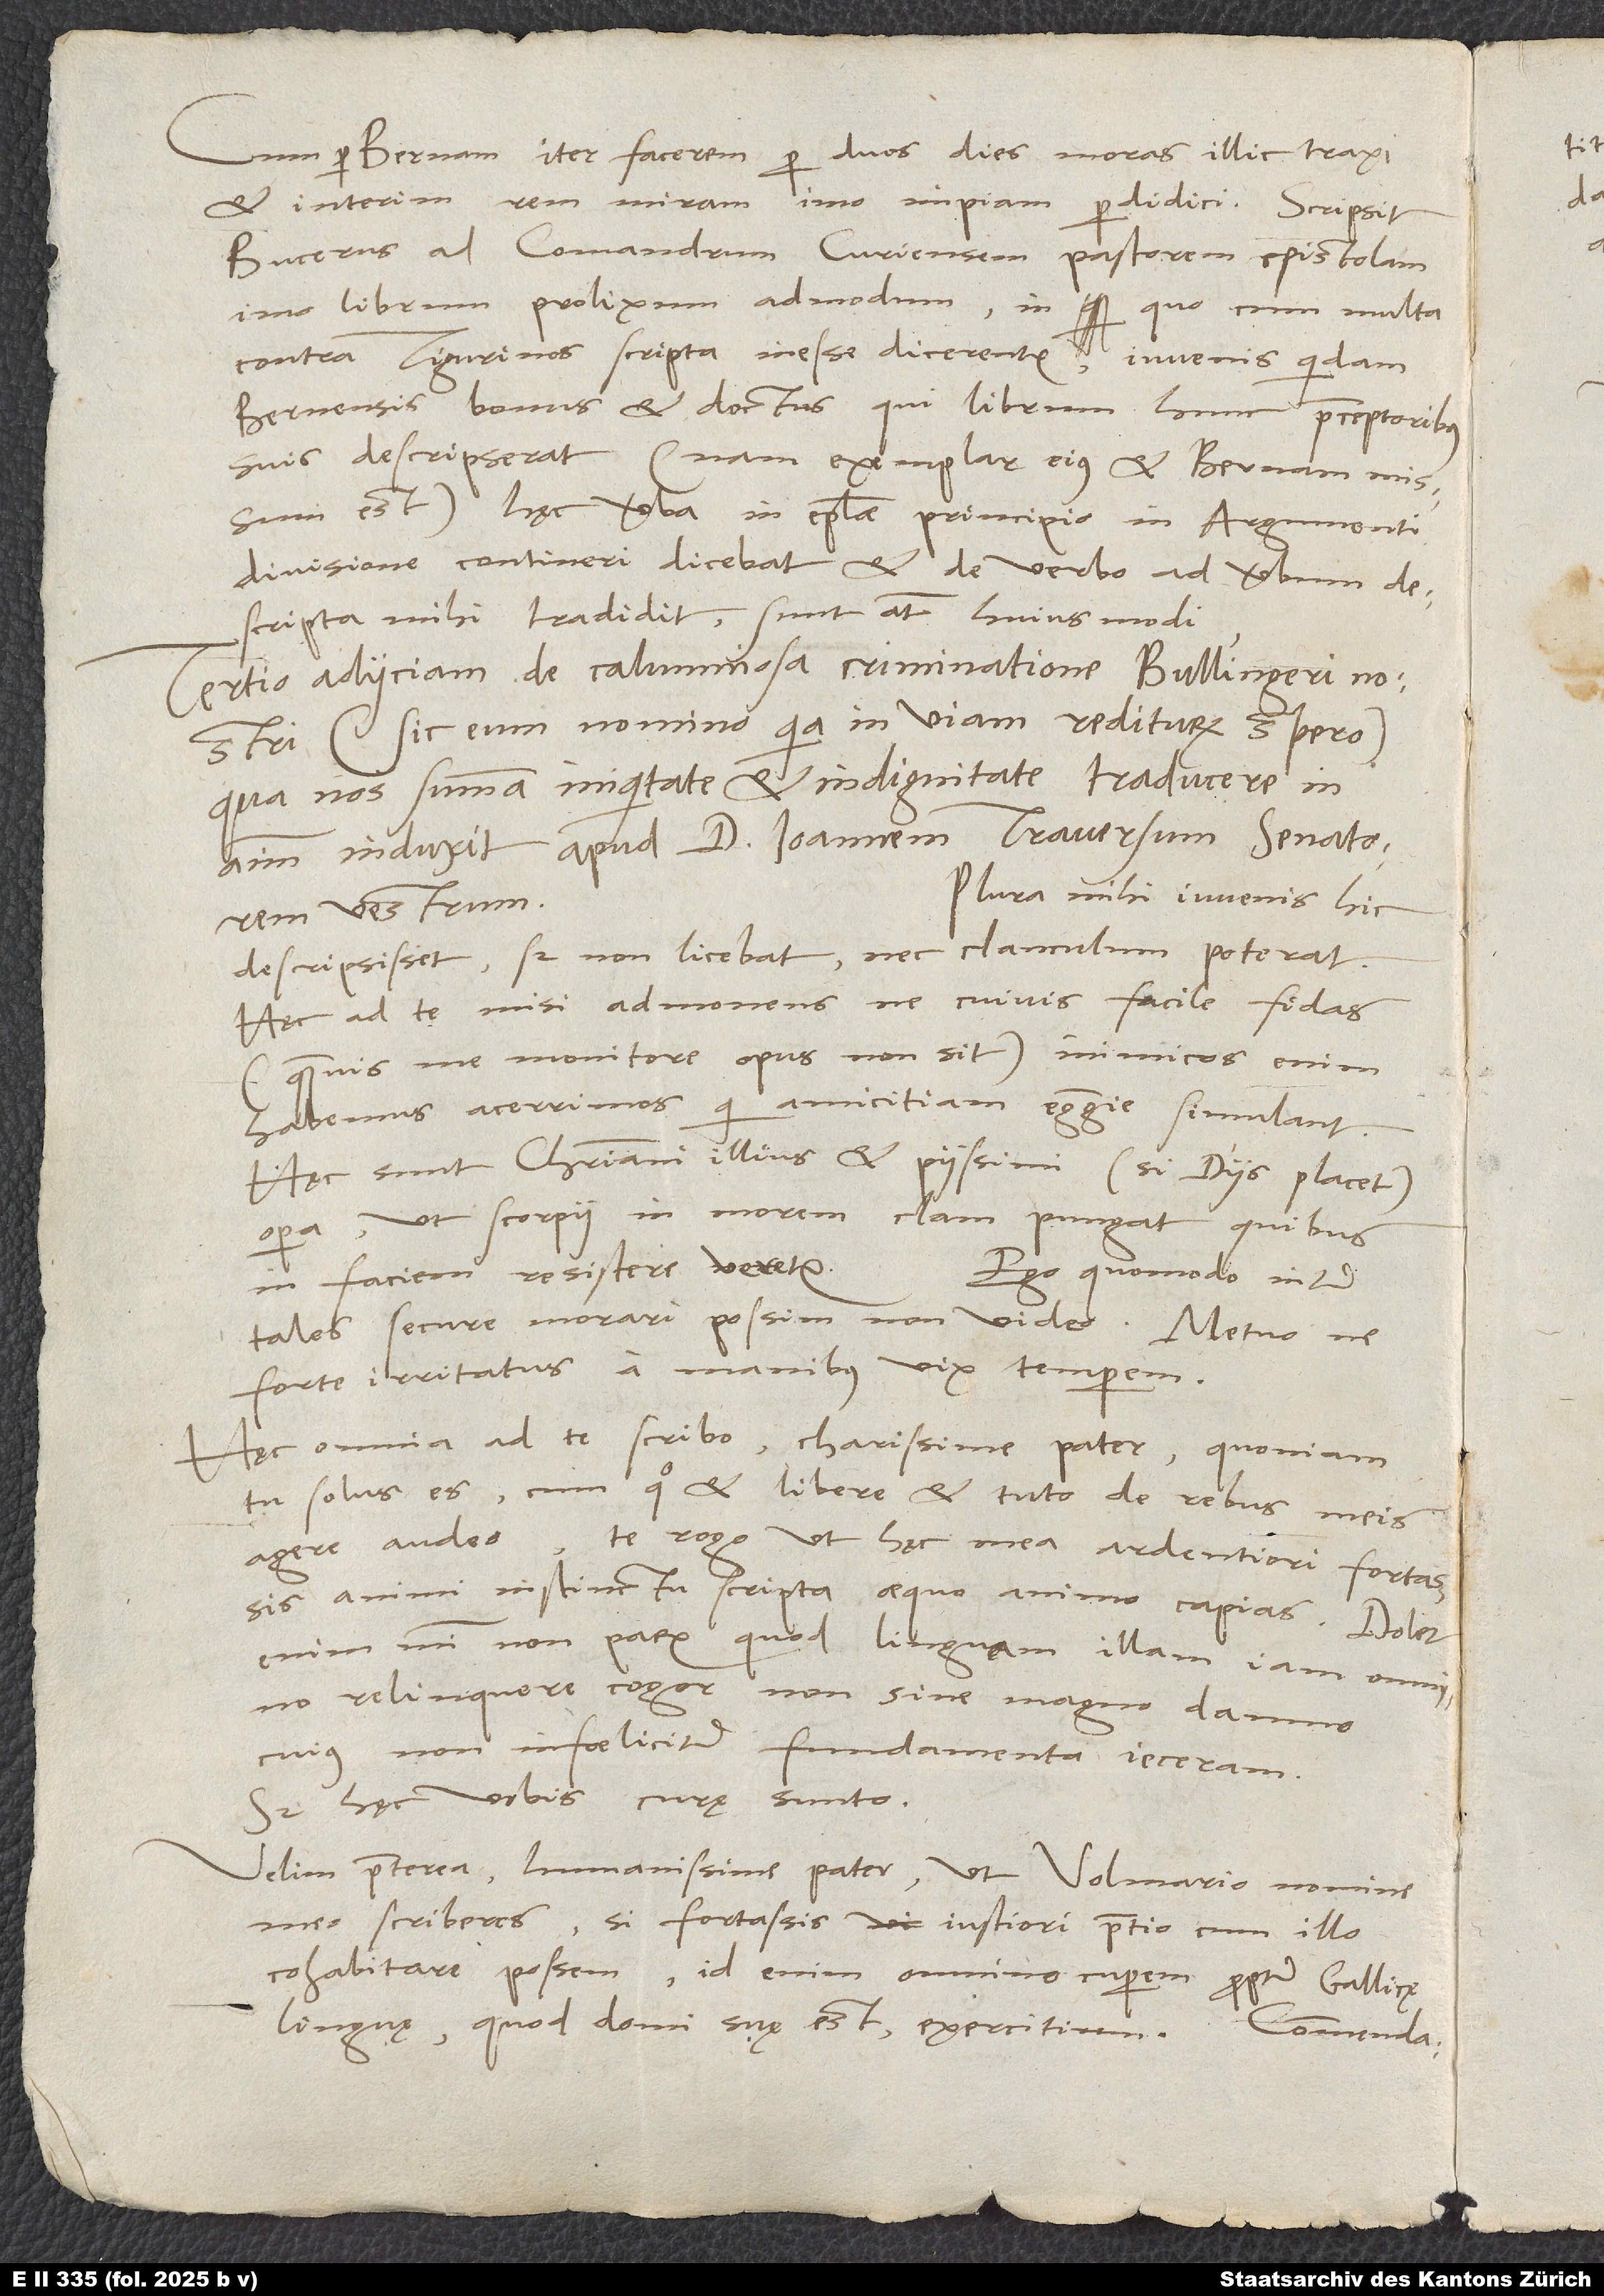
Cum per Bernam iter facerem, per duos dies moras illic traxi
et interim rem miram, imo impiam perdidici. Scripsit
Bucerus ad Comandrum, Curiensem pastorem, epistolam,
imo librum prolixum admodum. In quo cum multa
contra Tigurinos scripta inesse dicerentur, iuvenis quidam
Bernensis bonus et doctus, qui librum hunc praeceptoribus
suis descripserat (nam exemplar eius et Bernam missum
est), hęc verba in epistolae principio in argumenti
divisione contineri dicebat et de verbo ad verbum
descripta mihi tradidit; sunt autem huiusmodi:
„Tertio adiiciam de calumniosa criminatione Bullingeri nostri
(sic eum nomino, quia in viam rediturum spero),
qua nos summa iniquitate et indignitate traducere in
animum induxit apud d. Ioannem Traversum, senatorem
Plura mihi iuvenis hic
vestrum.“
descripsisset; sed non licebat nec clanculum poterat.
Hęc ad te misi admonens, ne cuivis facile fidas
(quamvis me monitore opus non sit); inimicos enim
habemus acerrimos, qui amicitiam egregie simulant.
Hęc sunt christiani illius et piissimi (si diis placet)
opera, ut scorpii in morem clam pungat, quibus
in faciem resistere veretur.
Ego quomodo inter
tales secure morari possim, non video; metuo, ne
forte irritatus a manibus vix temperem.
Hęc omnia ad te scribo, charissime pater, quoniam
tu solus es, cum quo et libere et tuto de rebus meis
agere audeo. Te rogo, ut hęc mea ardentiori fortassis
animi instinctu scripta aequo animo capias. Dolet
enim mihi non parum, quod linguam illam iam omnino
relinquere cogor non sine magno damno,
cuius non infoeliciter fundamenta ieceram.
Sed hęc vobis curę sunto.
Velim praeterea, humanissime pater, ut Volmario nomine
meo scriberes, si fortassis iustiori pretio cum illo
cohabitare possem; id enim omnino cuperem propter Gallicę
linguę, quod domi suę est, exercitium.